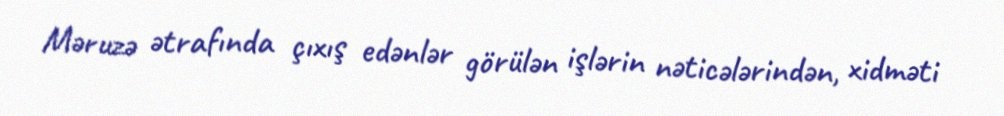
Məruzə ətrafında çıxış edənlər görülən işlərin nəticələrindən, xidməti